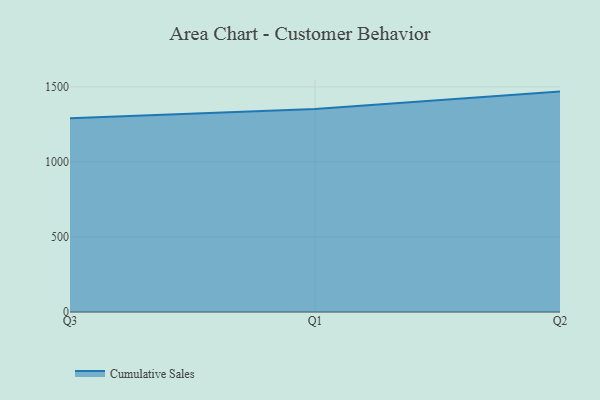
{"axis": {"x": "Quarter", "y": "Customer Acquisition Cost (USD)"}, "legend": ["Cumulative Sales"], "data": [{"x": "Q3", "y": 1291.2, "type": "Cumulative Sales"}, {"x": "Q1", "y": 1352.9, "type": "Cumulative Sales"}, {"x": "Q2", "y": 1468.7, "type": "Cumulative Sales"}]}